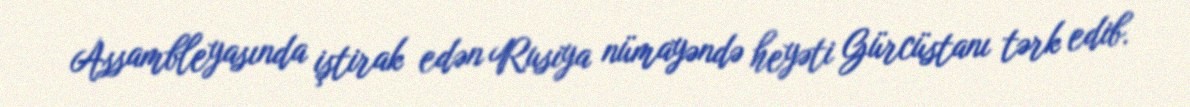
Assambleyasında iştirak edən Rusiya nümayəndə heyəti Gürcüstanı tərk edib.